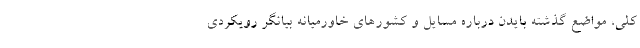
کلی، مواضع گذشته بایدن درباره مسایل و کشورهای خاورمیانه بیانگر رویکردی